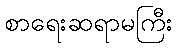
စာရေးဆရာမကြီး